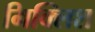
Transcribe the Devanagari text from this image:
मिक्लिश